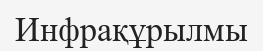
Инфрақұрылмы